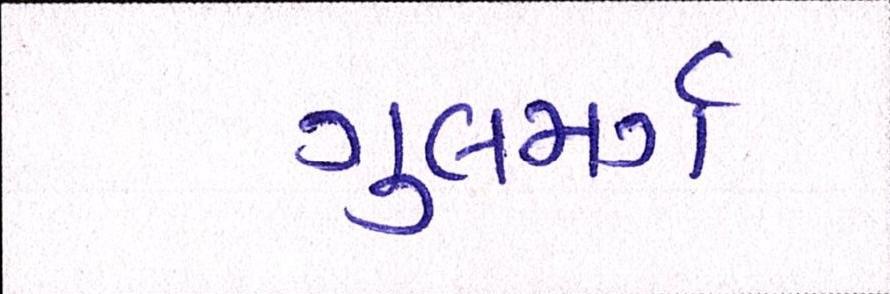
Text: ગુલમર્ગ